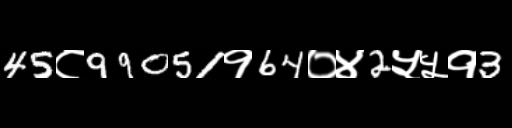
Text: 45८99051१64०४2५५१3